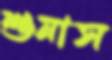
শুনাস